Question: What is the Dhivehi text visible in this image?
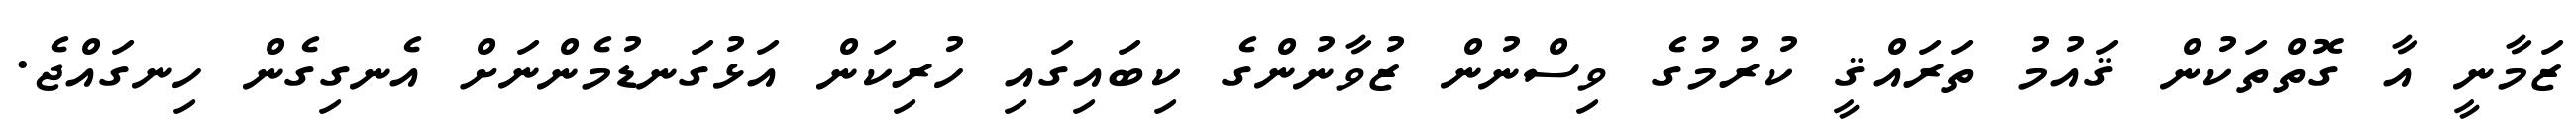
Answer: ޒަމާނީ އާ ގޮތްތަކުން ޤައުމު ތަރައްޤީ ކުރުމުގެ ވިސްނުން ޒުވާނުންގެ ކިބައިގައި ހުރިކަން އަޅުގަނޑުމެންނަށް އެނގިގެން ހިނގައްޖެ.